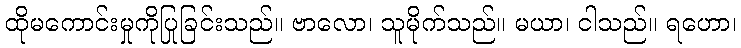
ထိုမကောင်းမှုကိုပြုခြင်းသည်။ ဗာလော၊ သူမိုက်သည်။ မယာ၊ ငါသည်။ ရဟော၊